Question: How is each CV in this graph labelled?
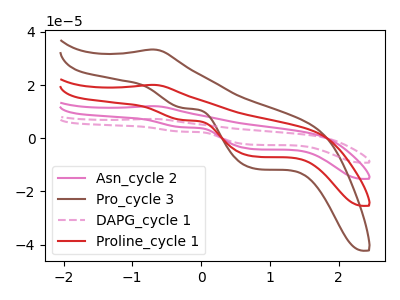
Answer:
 <answer>The pink curve is labeled "Asn_cycle 2". The brown curve is labeled "Pro_cycle 3". The pink dashed curve is labeled "DAPG_cycle 1". The red curve is labeled "Proline_cycle 1".</answer>
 <eval></eval>